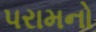
પરામનો